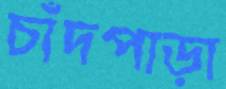
চাঁদপাড়া